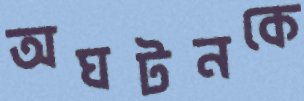
অঘটনকে